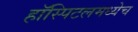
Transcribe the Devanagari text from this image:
हॉस्पिटलमध्येच